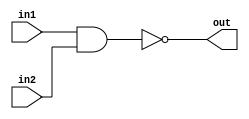
module NAND(in1, in2, out);

input in1, in2;
output out;

assign out = ~(in1 & in2);
endmodule

module AND(in1, in2, out);

input in1, in2;
output out;
wire w1;

NAND NAND1(in1, in2, w1);
NAND NAND2(w1, w1, out);
endmodule

module test_AND;
reg a, b;
wire out1, out2;
initial begin 
a = 0; b = 0;
#1 a = 1;
#1 b = 1;
#1 a = 0;
end
initial begin
$monitor("Time=%0d a=%b b=%b out1=%b out2=%b",
$time, a, b, out1, out2);
end
AND gate1(a, b, out2);
NAND gate2(a, b, out1);
endmodule